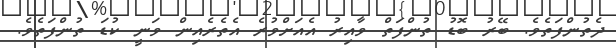
ދެތުންފަތެވެ. ބޭރު ބޮޑު ތުންފަތް ވާއިރު އެއަށްވުރެ އެތެރެއިން ވަނީ ކުޑަ ތުންފަތެވެ.